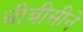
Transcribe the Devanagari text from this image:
बीबीसीने